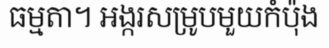
ធម្មតា។ អង្ករសម្រូបមួយកំប៉ុង